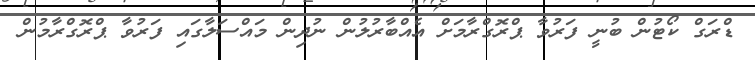
ޑްރަގް ކޯޓުން ބުނީ ފަރުވާ ޕްރޮގްރާމަށް އެއްބާރުލުން ނުދިން މައްސަލާގައި ފަރުވާ ޕްރޮގްރާމުން